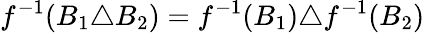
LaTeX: f^{-1}(B_{1}\triangle B_{2})=f^{-1}(B_{1})\triangle f^{-1}(B_{2})